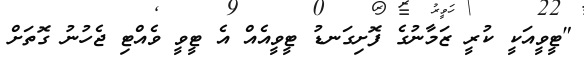
"ޓީވީއަކީ ކުރީ ޒަމާނުގެ ފޮށިގަނޑު ޓީވީއެއް އެ ޓީވީ ވެއްޓި ޖެހުނު ގޮތަށް